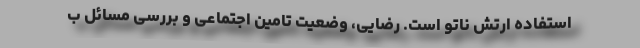
استفاده ارتش ناتو است. رضایی، وضعیت تامین اجتماعی و بررسی مسائل ب